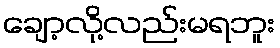
ချော့လို့လည်းမရဘူး